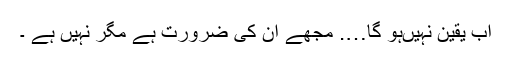
اب یقین نہیںہو گا…. مجھے ان کی ضرورت ہے مگر نہیں ہے ۔